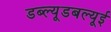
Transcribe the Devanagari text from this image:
डब्ल्यूडबल्यूई